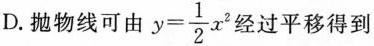
D.抛物线可由 $$y = \frac { 1 } { 2 } x ^ { 2 }$$ 经过平移得到